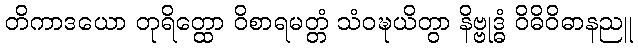
တိကာဒယော တုရိတ္ထော ဝိစာရမတ္တံ သံဝဍ္ဎယိတွာ နိဗ္ဗုဒ္ဓံ ဝိဓိဝိဓာနညူ